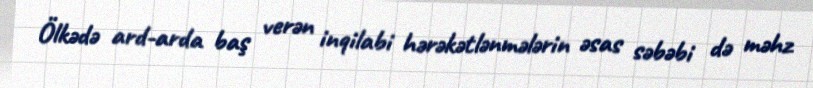
Ölkədə ard-arda baş verən inqilabi hərəkətlənmələrin əsas səbəbi də məhz